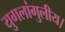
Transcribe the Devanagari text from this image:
युगलांगुलीय।